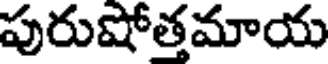
పురుషోత్తమాయ